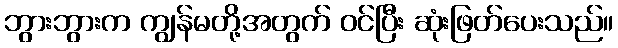
ဘွားဘွားက ကျွန်မတို့အတွက် ဝင်ပြီး ဆုံးဖြတ်ပေးသည်။